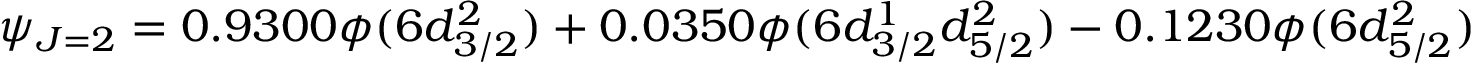
\psi _ { J = 2 } = 0 . 9 3 0 0 \phi ( 6 d _ { 3 / 2 } ^ { 2 } ) + 0 . 0 3 5 0 \phi ( 6 d _ { 3 / 2 } ^ { 1 } d _ { 5 / 2 } ^ { 2 } ) - 0 . 1 2 3 0 \phi ( 6 d _ { 5 / 2 } ^ { 2 } )